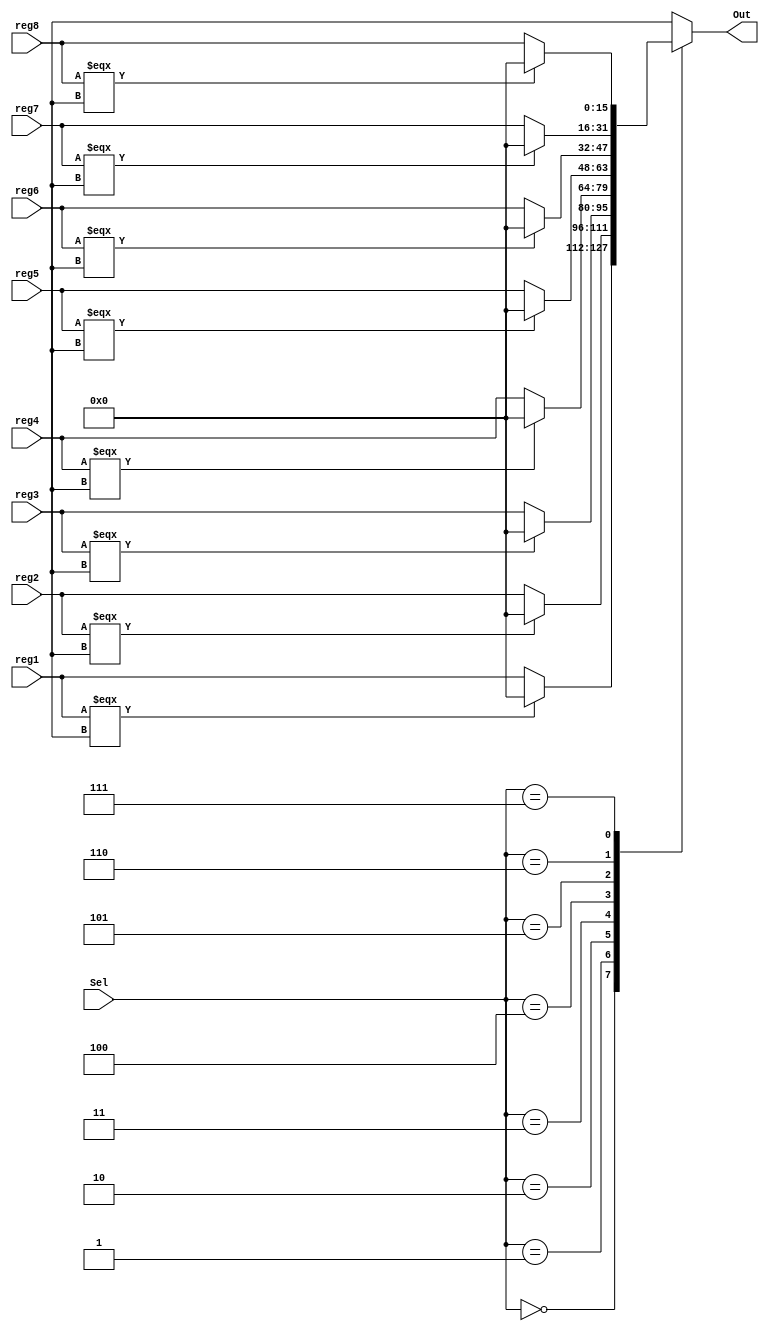
module mux8_1(Sel, reg1, reg2, reg3, reg4, reg5, reg6, reg7, reg8, Out);
    parameter REGISTER_SIZE = 15; // register size = size-1
    parameter BINARY_SELECT = 2; // 2^3 = 8
    input [BINARY_SELECT:0] Sel;
    input [REGISTER_SIZE:0] reg1, reg2, reg3, reg4, reg5, reg6, reg7, reg8;

    output [REGISTER_SIZE:0] Out;
   // output err;

    reg [REGISTER_SIZE:0] Out;
    reg err;

    always @(*)
      begin
	casex(Sel)
         3'b000: begin Out = (reg1 === 16'bx) ? 16'b0 : reg1; end
         3'b001: begin Out = (reg2 === 16'bx) ? 16'b0 : reg2; end
         3'b010: begin Out = (reg3 === 16'bx) ? 16'b0 : reg3; end
         3'b011: begin Out = (reg4 === 16'bx) ? 16'b0 : reg4; end
         3'b100: begin Out = (reg5 === 16'bx) ? 16'b0 : reg5; end
         3'b101: begin Out = (reg6 === 16'bx) ? 16'b0 : reg6; end
         3'b110: begin Out = (reg7 === 16'bx) ? 16'b0 : reg7; end
         3'b111: begin Out = (reg8 === 16'bx) ? 16'b0 : reg8; end

	 default:
	   begin
	    err = 1'b1;
	   end
	endcase
      end

endmodule